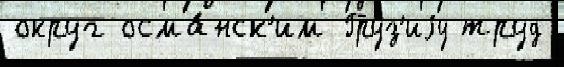
округ осма́нск'им Гру́з'иjу труд